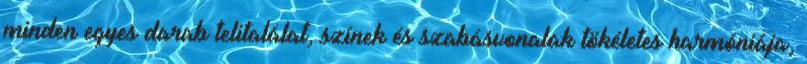
minden egyes darab telitalálat, színek és szabásvonalak tökéletes harmóniája,